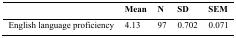
<table><thead><tr><td></td><td><b>Mean</b></td><td><b>N</b></td><td><b>SD</b></td><td><b>SEM</b></td></tr></thead><tbody><tr><td>English language proficiency</td><td>4.13</td><td>97</td><td>0.702</td><td>0.071</td></tr></tbody></table>